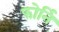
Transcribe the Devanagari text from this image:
फोर्नि